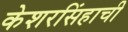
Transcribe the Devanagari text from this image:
केशरसिंहाची